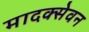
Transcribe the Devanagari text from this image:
मादक्सेवन